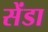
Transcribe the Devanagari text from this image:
सेंडा